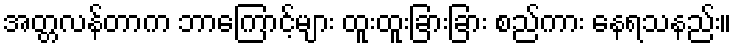
အတ္တလန်တာက ဘာကြောင့်များ ထူးထူးခြားခြား စည်ကား နေရသနည်း။